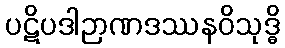
ပဋိပဒါဉာဏဒဿနဝိသုဒ္ဓိ